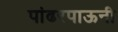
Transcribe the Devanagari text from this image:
पांढरपाऊनी